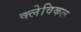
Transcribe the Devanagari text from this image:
क्लेविकल